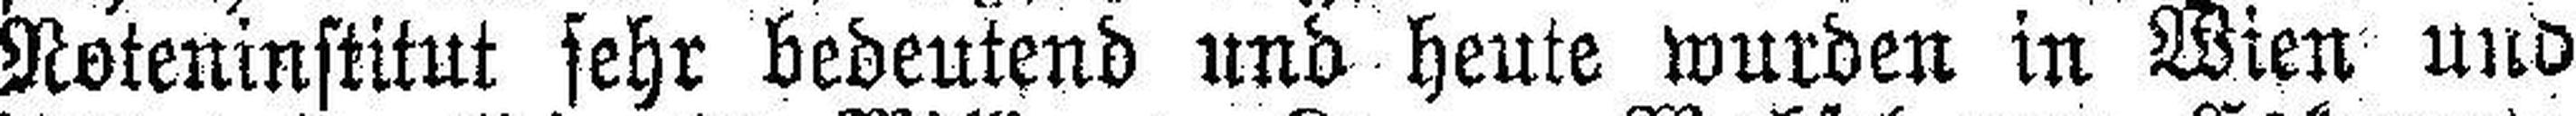
Noteninstitut sehr bedeutend und heute wurden in Wien und